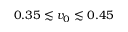
0 . 3 5 \lesssim v _ { 0 } \lesssim 0 . 4 5